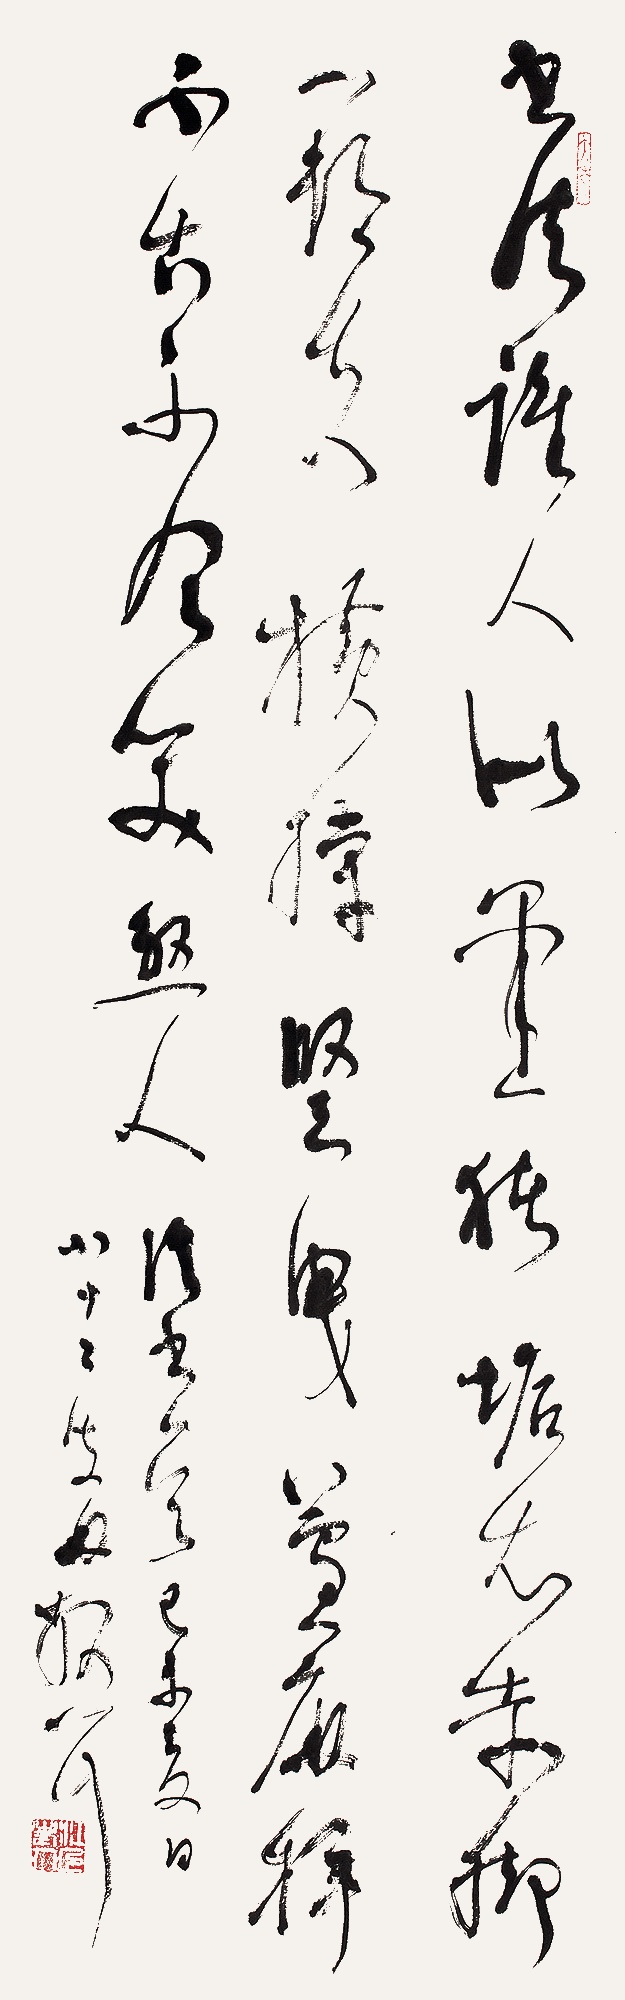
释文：书法诸人似墨猪，垢衣赤脚一村夫。横撑竖曳芦麻样，不古不今笑煞人。论书一首，己未夏日，八十二叟林散耳。